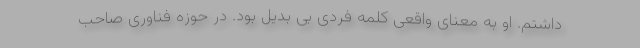
داشتم. او به معنای واقعی کلمه فردی بی بدیل بود. در حوزه فناوری صاحب